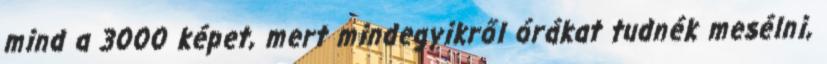
mind a 3000 képet, mert mindegyikről órákat tudnék mesélni,